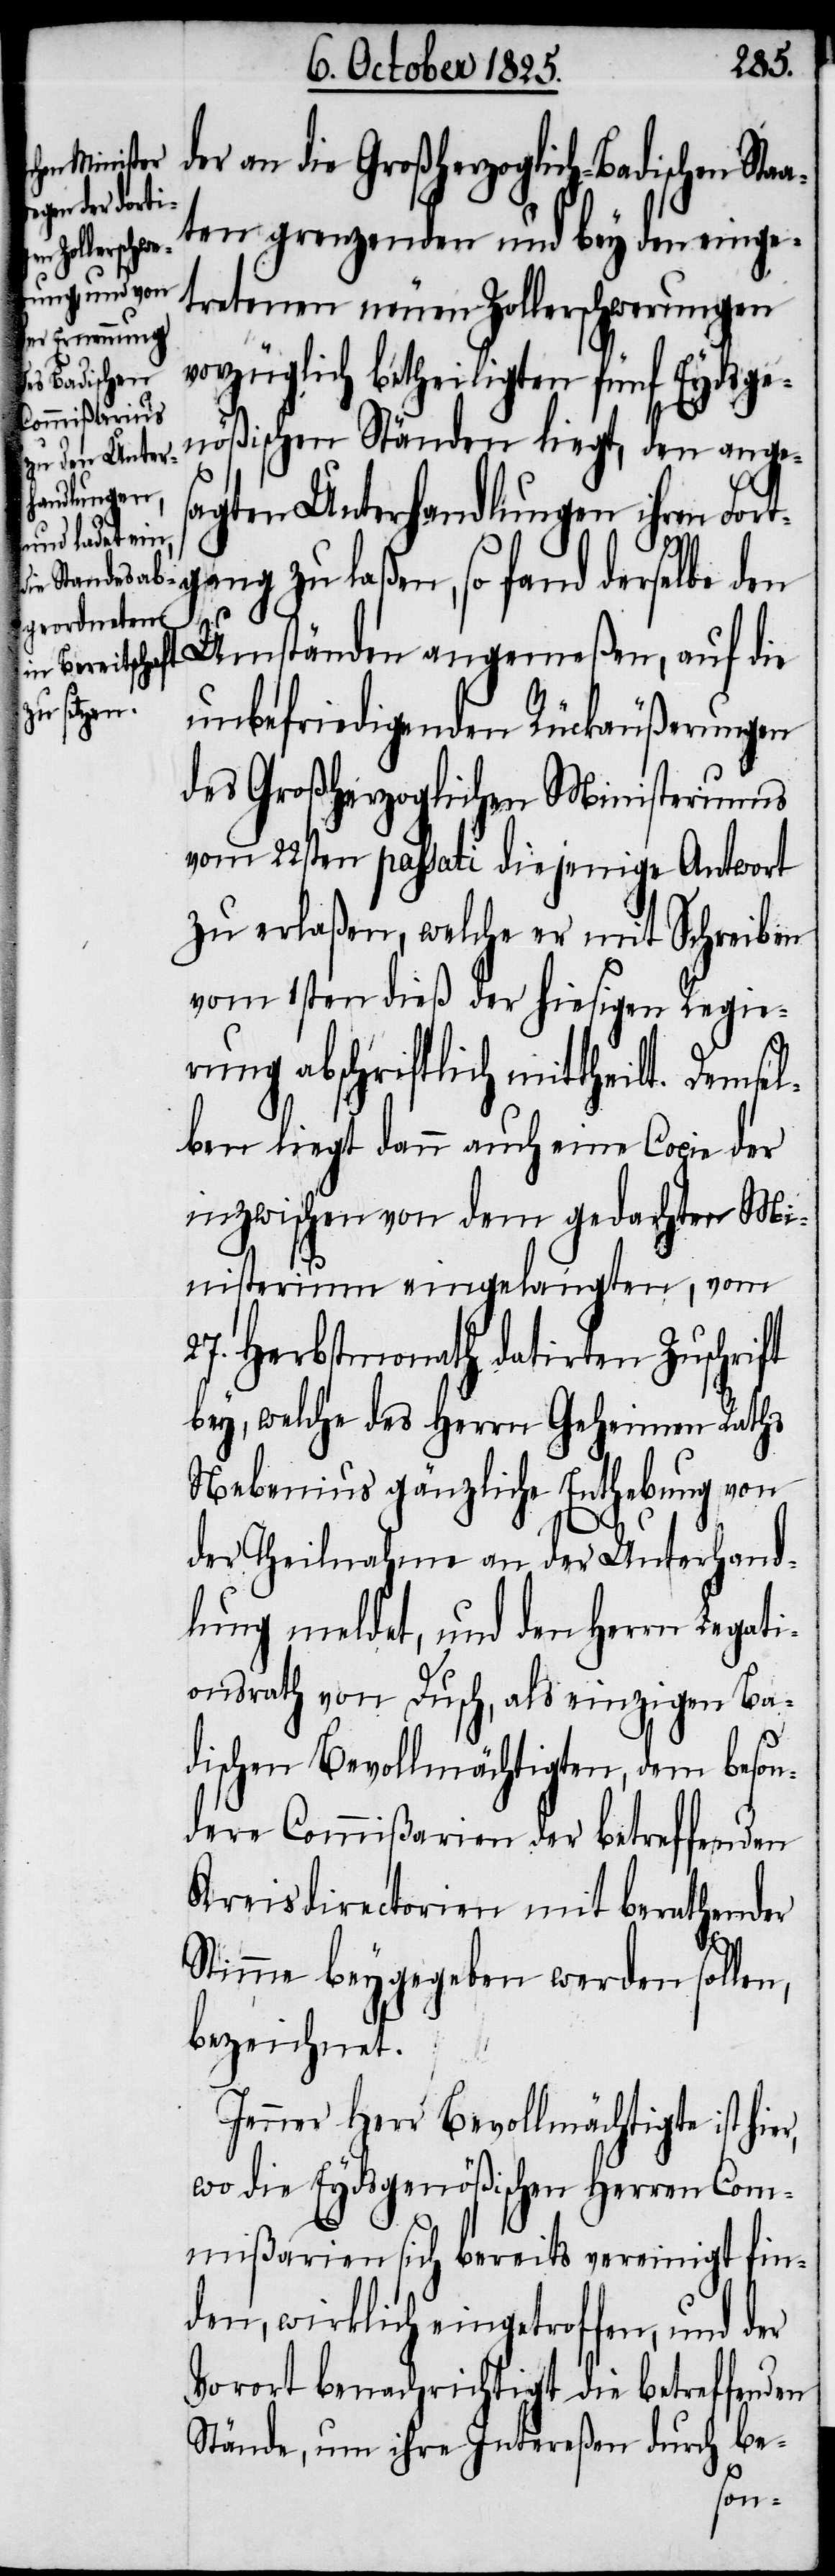
er an die Großherzoglich-Badischen Sta¬
aten grenzenden und bey den einge¬
tretenen neuen Zollerschwerungen
vorzüglich betheiligten fünf Eydsge¬
nößischen Ständen liegt, den ange¬
sagten Unterhandlungen ihren Fortga¬
ng zu laßen, so fand derselbe
den Umständen angemeßen, auf die
unbefriedigenden Rückäußerungen
des großherzoglichen Ministeriums
vom 22sten passati diejenige Antwort
zu erlaßen, welche er mit Schreiben
vom 1sten dieß der hiesigen Regie¬
rung abschriftlich mittheilt. Dems¬
elben liegt dann auch eine Copie der
inzwischen von dem gedachten Mi¬
nisterium eingelangten, vom
27. Herbstmonath datirten Zuschrift
bey, welche des Herrn Geheimen Raths
Nebenius gänzliche Enthebung von
d¬
der Theilnahme an der Unterhand¬
lung meldet, und den Herrn Legati¬
onsrath von Dusch, als einzigen Ba¬
dischen Bevollmächtigten, dem beson¬
dere Commißarien der betreffenden
Kreisdirectorien mit berathender
r,
Stimme beygegeben werden sollen,
bezeichnet.
Jenner Herr Bevollmächtigte ist hie¬
wo die Eydsgenößischen Herren Com¬
mißarien sich bereits vereinigt fin¬
den, wirklich eingetroffen, und der
Vorort benachrichtigt die betreffenden
Stände, um ihre Intereßen durch be-